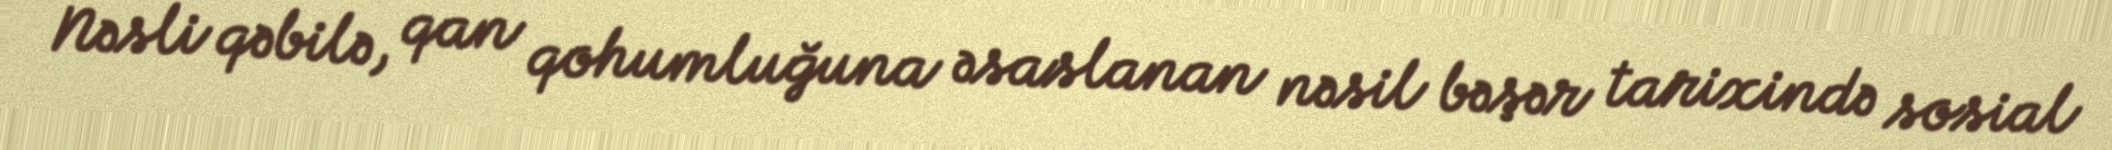
Nəsli qəbilə, qan qohumluğuna əsaslanan nəsil bəşər tarixində sosial